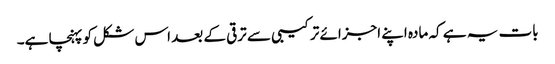
بات یہ ہے کہ مادہ اپنے اجزائے ترکیبی سے ترقی کے بعد اس شکل کو پہنچا ہے۔